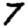
Digit: 7